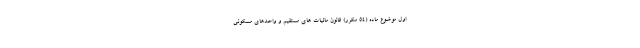
اول موضوع ماده (۵۴ مکرر) قانون مالیات های مستقیم و واحدهای مسکونی